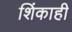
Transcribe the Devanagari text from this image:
शिंकाही